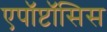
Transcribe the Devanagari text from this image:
एपॉप्टॉसिस